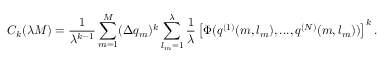
C _ { k } ( \lambda M ) = \frac 1 { \lambda ^ { k - 1 } } \sum _ { m = 1 } ^ { M } ( \Delta { q _ { m } } ) ^ { k } \sum _ { l _ { m } = 1 } ^ { \lambda } \frac 1 { \lambda } \left[ \Phi ( q ^ { ( 1 ) } ( m , l _ { m } ) , . . . , q ^ { ( N ) } ( m , l _ { m } ) ) \right] ^ { k } .